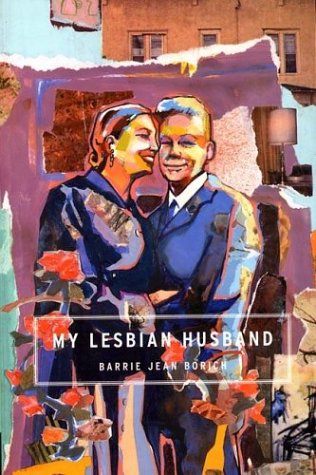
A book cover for My Lesbian Husband: Landscapes of a Marriage; Barrie Jean Borich; Gay & Lesbian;